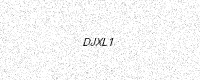
Text: DJXL1